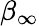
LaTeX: \beta_{\infty}